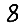
Digit: 8